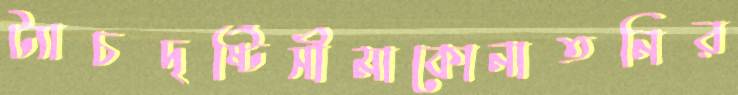
ট্যাচদৃষ্টিসীমাকোনাতনির